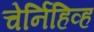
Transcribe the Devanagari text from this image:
चेर्निहिव्ह